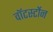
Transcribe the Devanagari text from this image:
वाॅटर्स्टोन